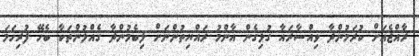
ރާއްޖެއަށް ކުރަމުންދާ ވިއްސާރައާ ގުޅިގެން އާންމު ރައްޔިތުންނަށް ލިބެމުންދާ ގެއްލުންތަކާ ބެހޭ ފުރިހަމަ